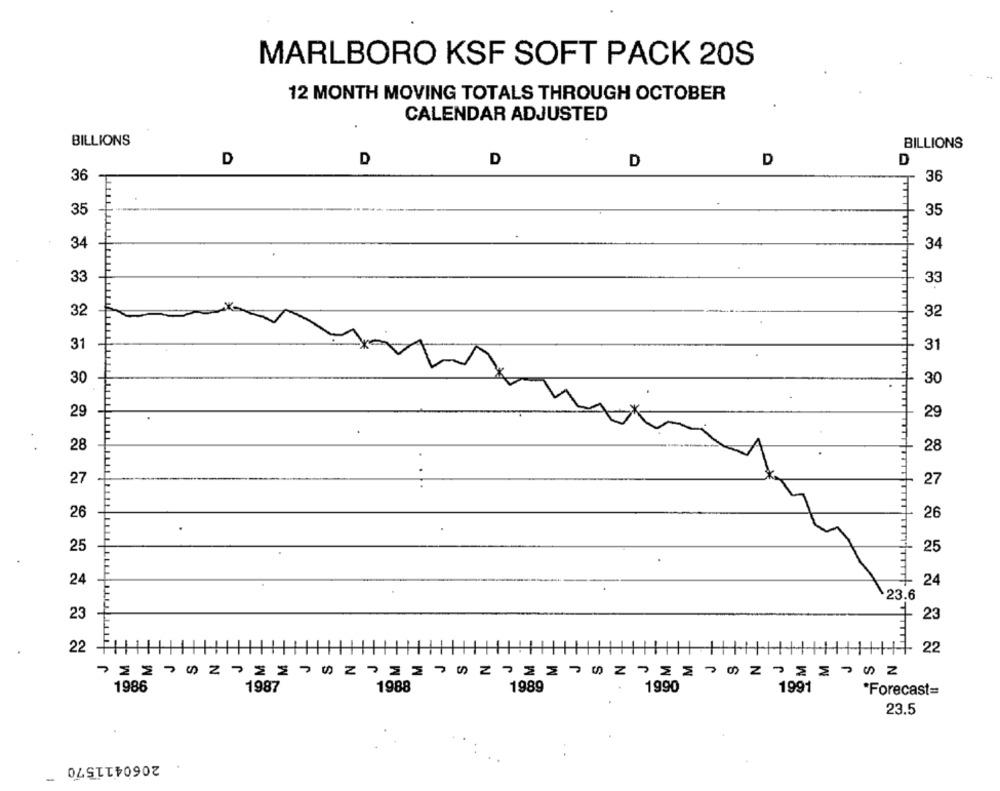
MARLBORO KSF SOFT PACK 20S
12 MONTH MOVING TOTALS THROUGH OCTOBER
CALENDAR ADJUSTED
BILLIONS
BILLIONS
D
D
D
D
D
D
36
36
35
35
34
34
33
33
32
32
31
31
30
30
29
29
28
28
27
27
26
26
25
25
24
24
23.6
23
1 23
22
22
77772272752792
1988
1989
1990
1991
1986
1987
*Forecast=
23.5
2060411570
-